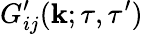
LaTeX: G_{ij}^{\prime}({\mathbf{k}};\tau,\tau^{\prime})